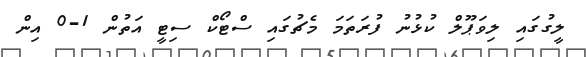
ލީގުގައި ލިވަޕޫލް ކުޅުނު ފުރަތަމަ މެޗުގައި ސްޓޯކް ސިޓީ އަތުން 1-0 އިން